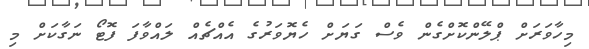
މިހާވަރަށް ޕްލޭންކޮށްގެން ވެސް ގަޔަށް ހެޔޮވަރުގެ އެއްޗެއް ލައްވާފަ ފޮޓޯ ނަގާކަށް މި